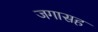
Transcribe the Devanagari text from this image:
जगासह